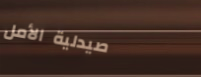
صيدلية الأمل